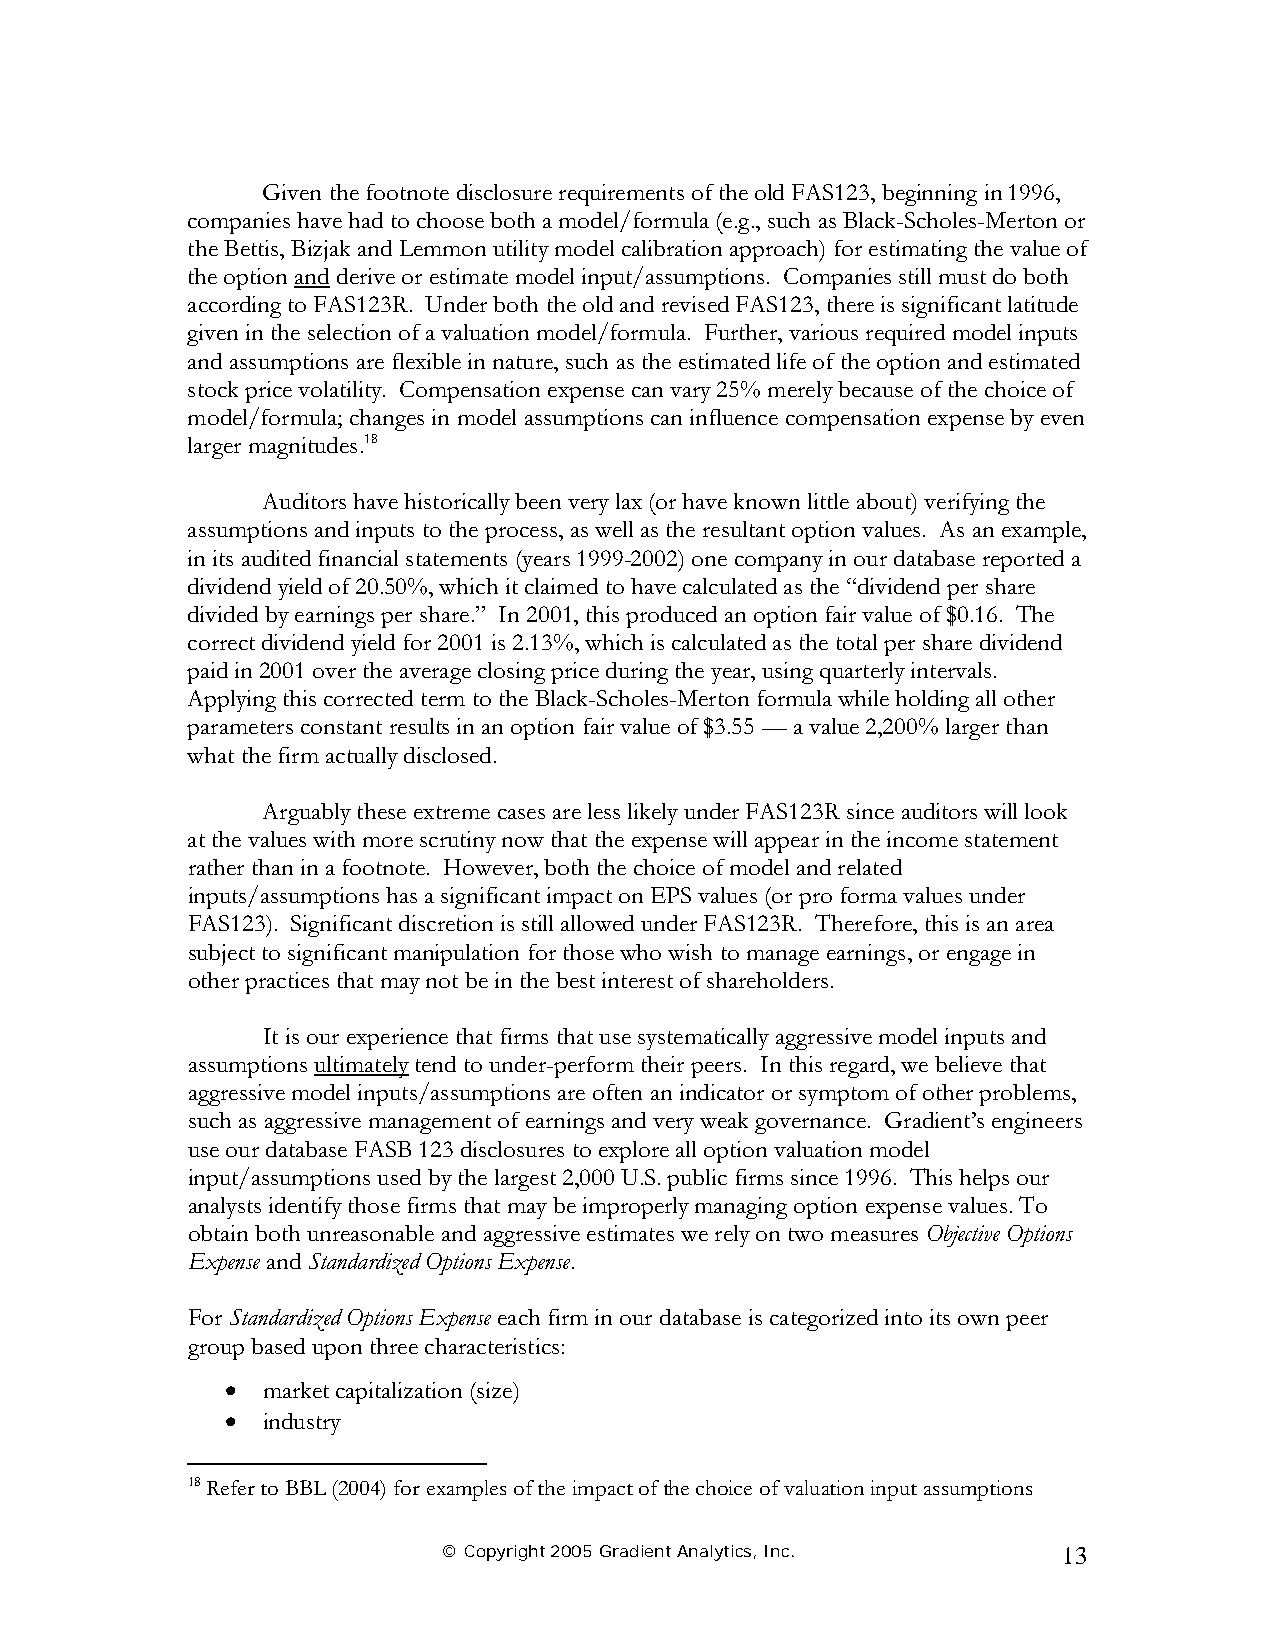
Given the footnote disclosure requirements of the old FAS123, beginning in 1996,
 companies have had to choose both a model/formula (e.g., such as Black-Scholes-Merton or
 the Bettis, Bizjak and Lemmon utility model calibration approach) for estimating the value of
 the option and derive or estimate model input/assumptions. Companies still must do both
 according to FAS123R. Under both the old and revised FAS123, there is significant latitude
 given in the selection of a valuation model/formula. Further, various required model inputs
 and assumptions are flexible in nature, such as the estimated life of the option and estimated
 stock price volatility. Compensation expense can vary 25% merely because of the choice of
 model/formula; changes in model assumptions can influence compensation expense by even
 larger magnitudes.18
 Auditors have historically been very lax (or have known little about) verifying the
 assumptions and inputs to the process, as well as the resultant option values. As an example,
 in its audited financial statements (years 1999-2002) one company in our database reported a
 dividend yield of 20.50%, which it claimed to have calculated as the “dividend per share
 divided by earnings per share.” In 2001, this produced an option fair value of $0.16. The
 correct dividend yield for 2001 is 2.13%, which is calculated as the total per share dividend
 paid in 2001 over the average closing price during the year, using quarterly intervals.
 Applying this corrected term to the Black-Scholes-Merton formula while holding all other
 parameters constant results in an option fair value of $3.55 — a value 2,200% larger than
 what the firm actually disclosed.
 Arguably these extreme cases are less likely under FAS123R since auditors will look
 at the values with more scrutiny now that the expense will appear in the income statement
 rather than in a footnote. However, both the choice of model and related
 inputs/assumptions has a significant impact on EPS values (or pro forma values under
 FAS123). Significant discretion is still allowed under FAS123R. Therefore, this is an area
 subject to significant manipulation for those who wish to manage earnings, or engage in
 other practices that may not be in the best interest of shareholders.
 It is our experience that firms that use systematically aggressive model inputs and
 assumptions ultimately tend to under-perform their peers. In this regard, we believe that
 aggressive model inputs/assumptions are often an indicator or symptom of other problems,
 such as aggressive management of earnings and very weak governance. Gradient’s engineers
 use our database FASB 123 disclosures to explore all option valuation model
 input/assumptions used by the largest 2,000 U.S. public firms since 1996. This helps our
 analysts identify those firms that may be improperly managing option expense values. To
 obtain both unreasonable and aggressive estimates we rely on two measures Objective Options
 Expense and Standardized Options Expense.
 For Standardized Options Expense each firm in our database is categorized into its own peer
 group based upon three characteristics:
 • market capitalization (size)
 • industry
 18 Refer to BBL (2004) for examples of the impact of the choice of valuation input assumptions
 © Copyright 2005 Gradient Analytics, Inc. 13